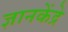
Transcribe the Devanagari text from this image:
ज्ञानकेंद्रे